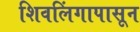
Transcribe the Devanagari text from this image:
शिवलिंगापासून